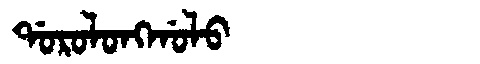
Manchu: ᡩᠣᡵᠣᠯᠣᠩᡤᠣᠯᠣ
Romanization: DOROLONGGOLO